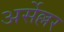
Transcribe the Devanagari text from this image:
अर्सेल्लर